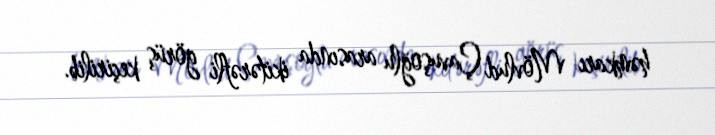
həmkarı Mövlud Çavuşoğlu arasında ikitərəfli görüş keçirilib.